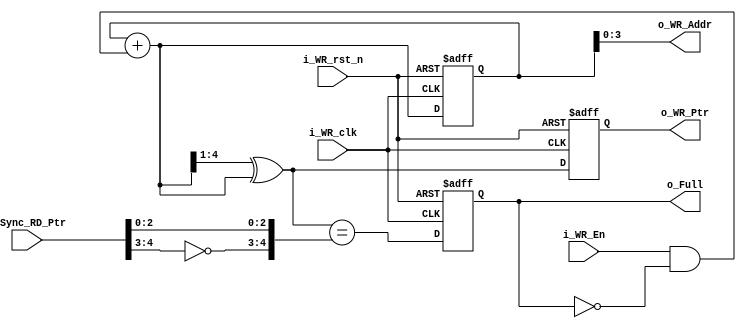
// Generate Full flag and Write pointer in Grey Code
module WR_Ptr_Full

	// Parameters
	#(parameter DEPTH = 4)
	
	(
	input i_WR_clk, i_WR_rst_n,
	input i_WR_En,
	input [DEPTH:0] i_Sync_RD_Ptr,
	output reg [DEPTH:0] o_WR_Ptr,
	output [DEPTH-1:0] o_WR_Addr,
	output reg o_Full
	);

	reg [DEPTH:0] r_WR_Bin_Count;
	wire [DEPTH:0] w_WR_Bin_Next;
	wire [DEPTH:0] w_WR_Grey_Next;

	always @(posedge i_WR_clk or negedge i_WR_rst_n)
	begin
		if (!i_WR_rst_n)
		begin
			o_WR_Ptr <= 0;
			r_WR_Bin_Count <= 0;
		end
		else
		begin
			o_WR_Ptr <= w_WR_Grey_Next;
			r_WR_Bin_Count <= w_WR_Bin_Next;
		end
	end

	assign o_WR_Addr = r_WR_Bin_Count[DEPTH-1:0];
	assign w_WR_Bin_Next = r_WR_Bin_Count + (i_WR_En & ~o_Full);
	assign w_WR_Grey_Next = (w_WR_Bin_Next>>1) ^ w_WR_Bin_Next;			// Grey Code from Bin Code

 	always @(posedge i_WR_clk or negedge i_WR_rst_n)
	begin
		if (!i_WR_rst_n)
			o_Full <= 1'b0;
		else
			o_Full <= (w_WR_Grey_Next == {~i_Sync_RD_Ptr[DEPTH:DEPTH-1], i_Sync_RD_Ptr[DEPTH-2:0]});
	end	

endmodule